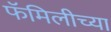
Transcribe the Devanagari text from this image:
फॅमिलीच्या